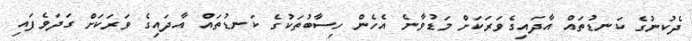
ދެކުނުގެ ކަނޑުތައް އާދައިގެވަރަކަށް މަޑުވާނެ އެހެން ހިސާބުތަކުގެ ކަނޑުތައް އާދައިގެ ވަރަކަށް ގަދަވެފައި